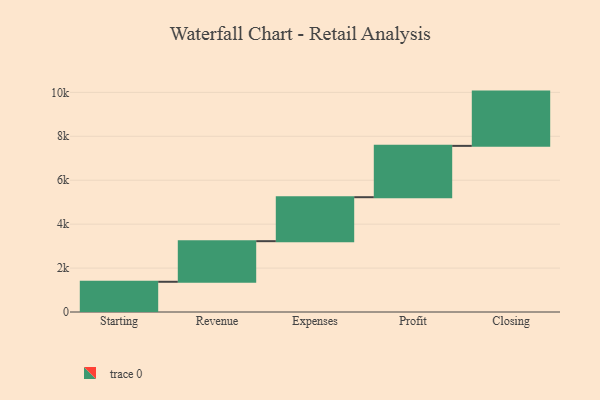
{"axis": {"x": "Step", "y": "Value"}, "legend": [""], "data": [{"x": "Starting", "y": 1376.0, "type": ""}, {"x": "Revenue", "y": 1849.0, "type": ""}, {"x": "Expenses", "y": 2002.0, "type": ""}, {"x": "Profit", "y": 2337.0, "type": ""}, {"x": "Closing", "y": 2471.0, "type": ""}]}